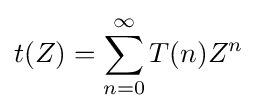
t(Z)=\sum _{n=0}^{\infty }T(n)Z^{n}\